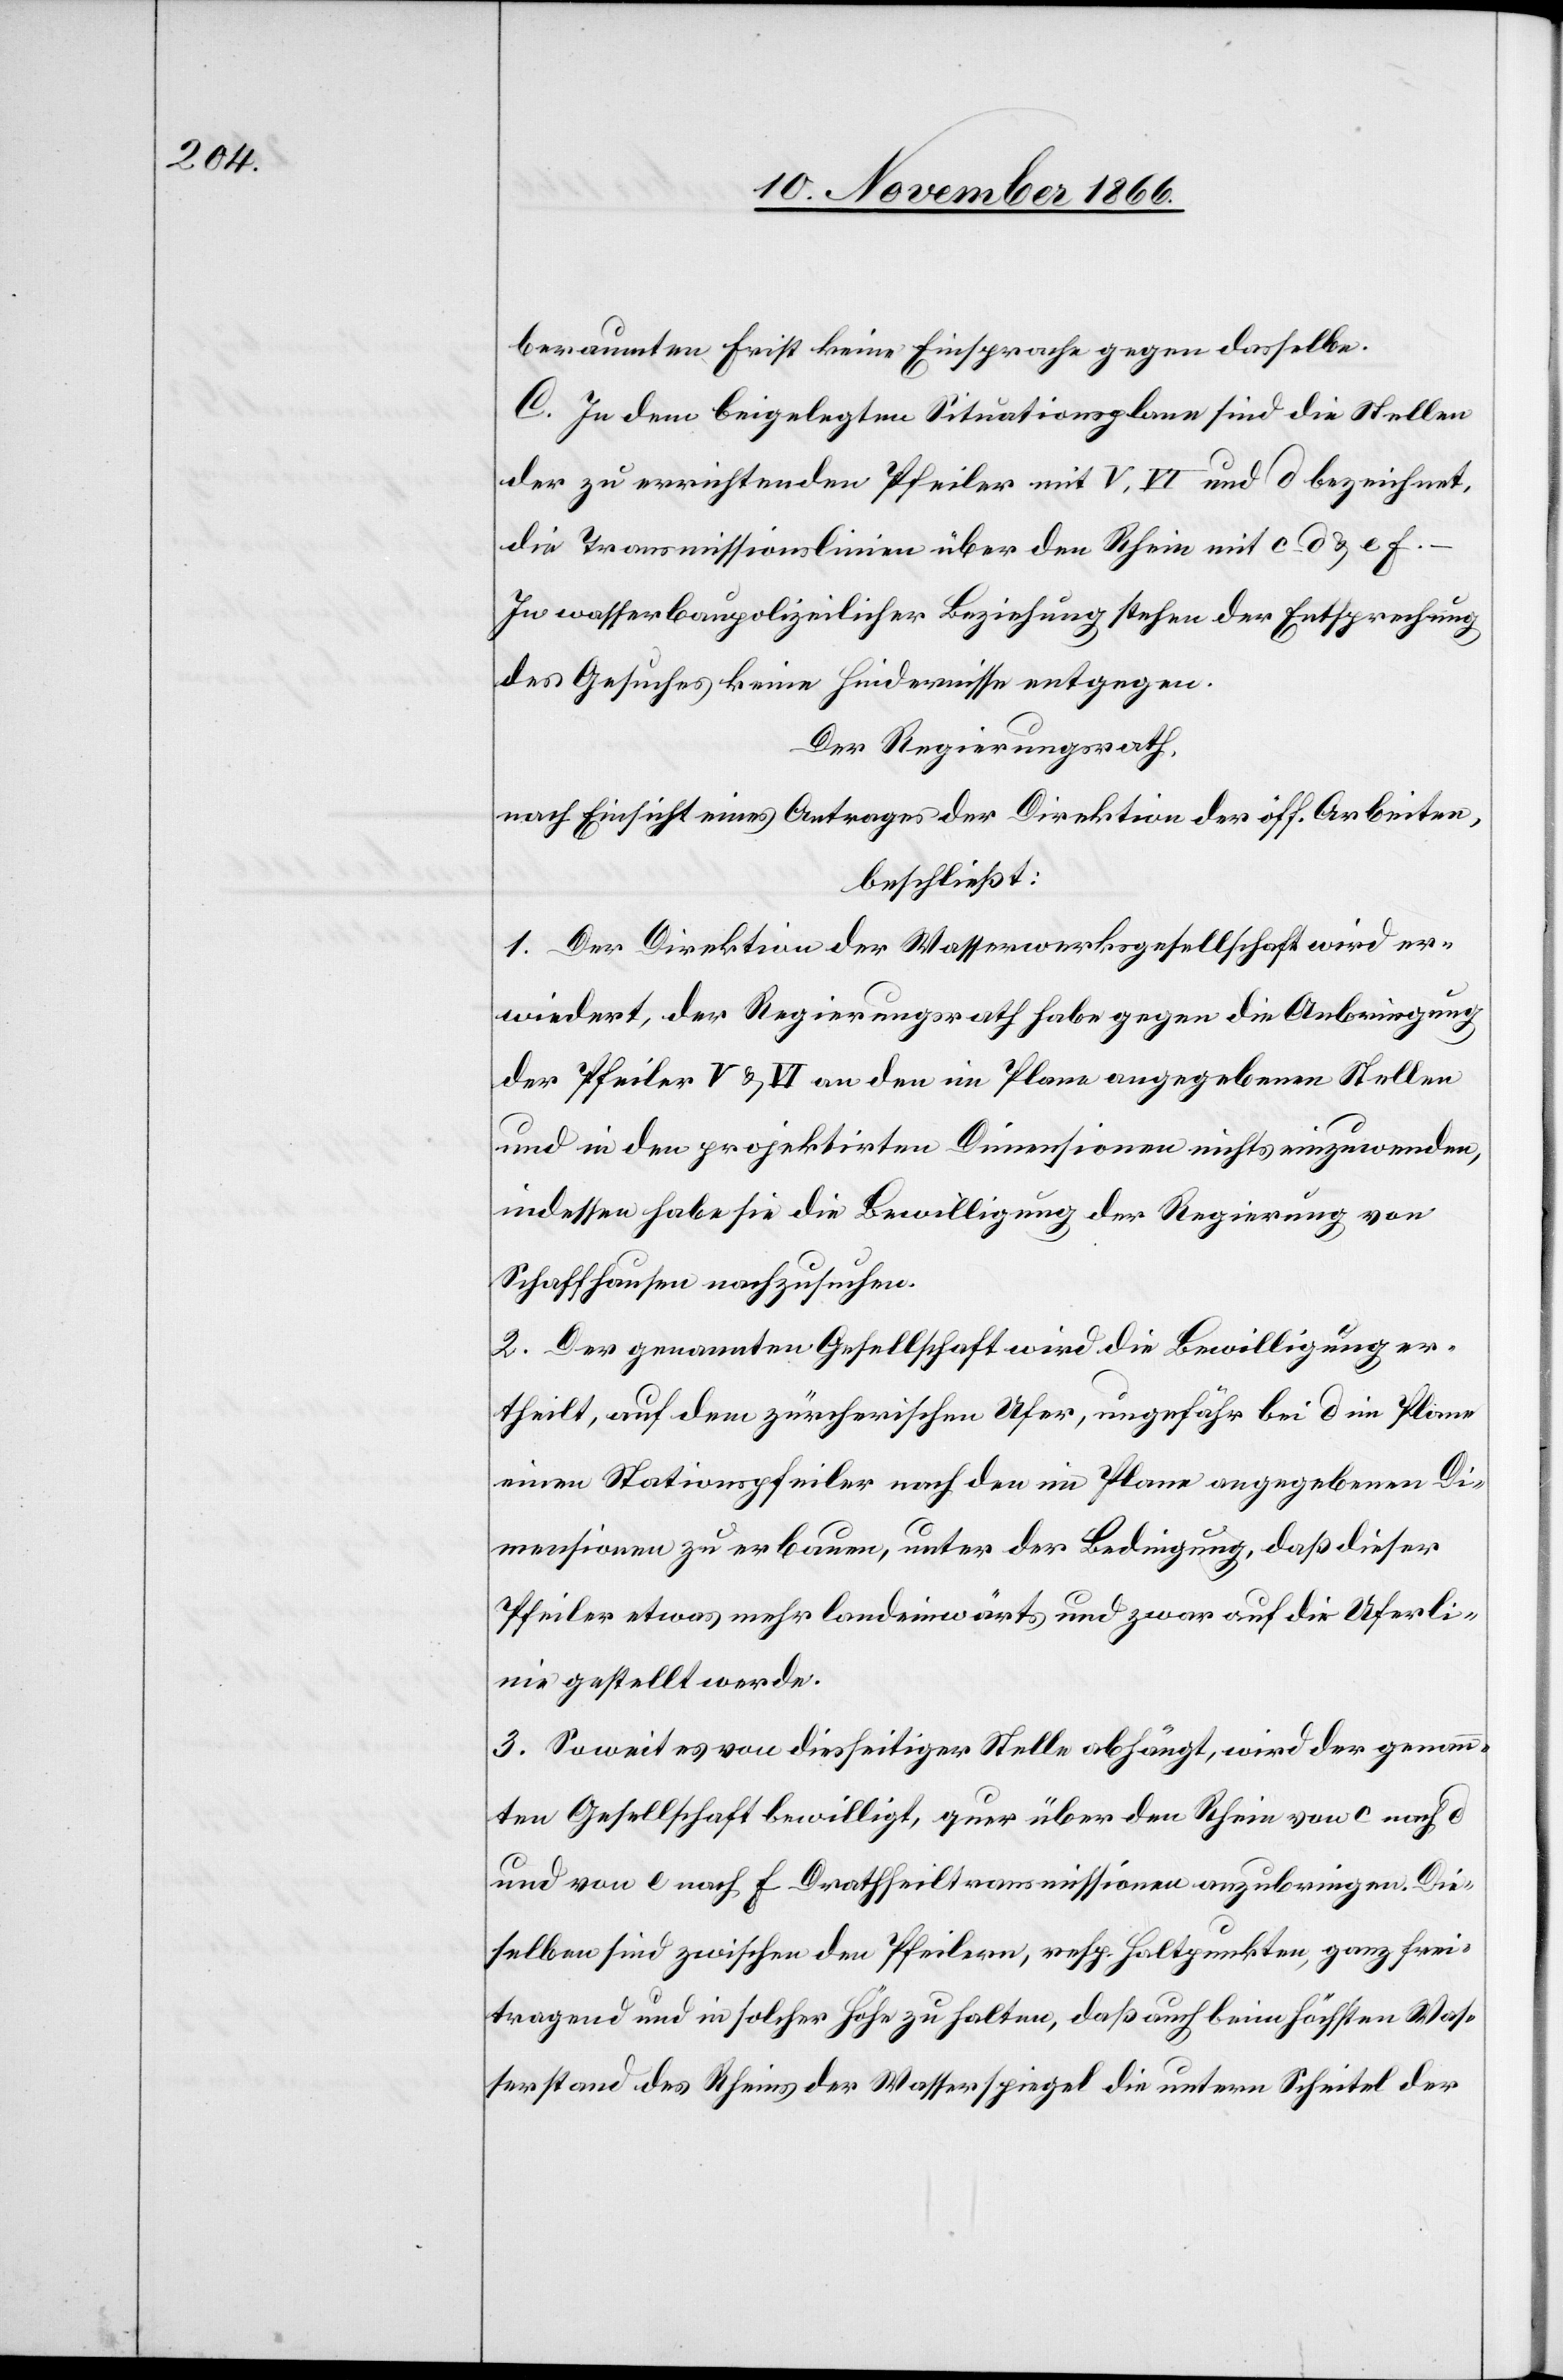
beraumten Frist keine Einsprache gegen dasselbe.
C. In dem beigelegten Situationsplane sind die Stellen
der zu errichtenden Pfeiler mit V, VI und d bezeichnet,
die Transmissionslinien über den Rhein mit c–d & e[–]f.
In wasserbaupolizeilicher Beziehung stehen der Entsprechung
des Gesuches keine Hindernisse entgegen.
Der Regierungsrath,
nach Einsicht eines Antrages der Direktion der öff. Arbeiten,
beschließt:
1. Der Direktion der Wasserwerksgesellschaft wird er¬
wiedert, der Regierungsrath habe gegen die Anbringung
der Pfeiler V & VI an den im Plane angegebenen Stellen
und in den projektirten Dimensionen nichts einzuwenden,
indessen habe sie die Bewilligung der Regierung von
Schaffhausen nachzusuchen.
2. Der genannten Gesellschaft wird die Bewilligung er¬
theilt, auf dem zürcherischen Ufer, ungefähr bei d im Plane
einen Stationspfeiler nach den im Plane angegebenen Di¬
mensionen zu erbauen, unter der Bedingung, daß dieser
Pfeiler etwas mehr landeinwärts und zwar auf die Uferli¬
nie gestellt werde.
3. Soweit es von diesseitiger Stelle abhängt, wird der genann¬
ten Gesellschaft bewilligt, quer über den Rhein von c nach d
und von e nach f Drathseiltransmissionen anzubringen. Die¬
selben sind zwischen den Pfeilern, resp. Haltpunkten, ganz frei¬
tragend und in solcher Höhe zu halten, daß auch beim höchsten Was¬
serstand des Rheins der Wasserspiegel die untern Scheitel der